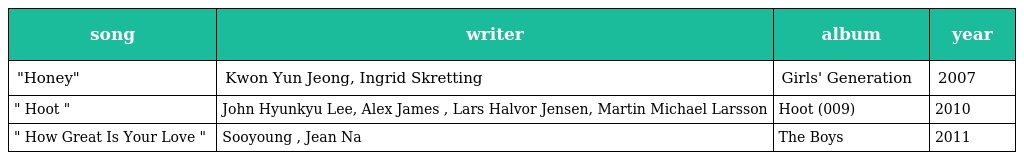
| song | writer | album | year |
 | --- | --- | --- | --- |
 | "Honey" | Kwon Yun Jeong, Ingrid Skretting | Girls' Generation | 2007 |
 | " Hoot " | John Hyunkyu Lee, Alex James , Lars Halvor Jensen, Martin Michael Larsson | Hoot (009) | 2010 |
 | " How Great Is Your Love " | Sooyoung , Jean Na | The Boys | 2011 |